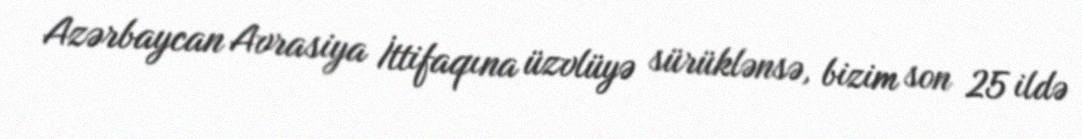
Azərbaycan Avrasiya İttifaqına üzvlüyə sürüklənsə, bizim son 25 ildə